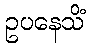
ဥပနေသိံ